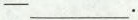
— ___.